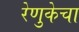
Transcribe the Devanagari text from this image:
रेणुकेचा